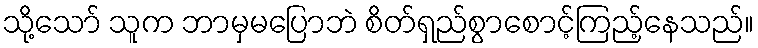
သို့သော် သူက ဘာမှမပြောဘဲ စိတ်ရှည်စွာစောင့်ကြည့်နေသည်။